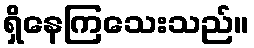
ရှိနေကြသေးသည်။